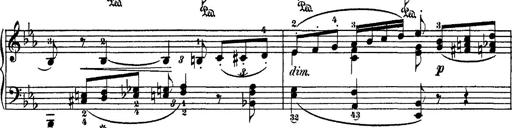
Title: Hungarian Rhapsody No.4
Composer: Franz Liszt
Key: E-flat major